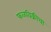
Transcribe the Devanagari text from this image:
फळविक्रीचा